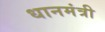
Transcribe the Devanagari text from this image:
धानमंत्री